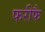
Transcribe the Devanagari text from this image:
फरीफै